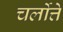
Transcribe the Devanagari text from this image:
चर्लोत्ते